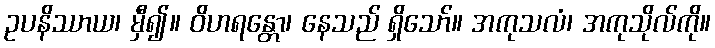
ဥပနိဿာယ၊ မှီ၍။ ဝိဟရန္တော၊ နေသည် ရှိသော်။ အကုသလံ၊ အကုသိုလ်ကို။